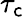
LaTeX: \tau_{\mathsf{c}}